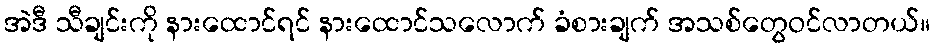
အဲဒီ သီချင်းကို နားထောင်ရင် နားထောင်သလောက် ခံစားချက် အသစ်တွေဝင်လာတယ်။